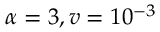
\alpha = 3 , v = 1 0 ^ { - 3 }